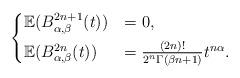
LaTeX: \begin{align*}\begin{cases}\mathbb{E}(B_{\alpha,\beta}^{2n+1}(t)) & =0,\\\noalign{\vskip4pt}\mathbb{E}(B_{\alpha,\beta}^{2n}(t)) & =\frac{(2n)!}{2^{n}\Gamma(\beta n+1)}t^{n\alpha}.\end{cases}\end{align*}